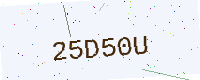
Text: 25D50U